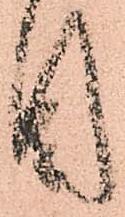
目